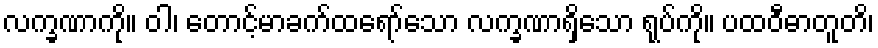
လက္ခဏာကို။ ဝါ၊ တောင့်မာခက်ထရော်သော လက္ခဏာရှိသော ရုပ်ကို။ ပထဝီဓာတူတိ၊